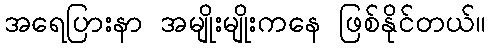
အရေပြားနာ အမျိုးမျိုးကနေ ဖြစ်နိုင်တယ်။